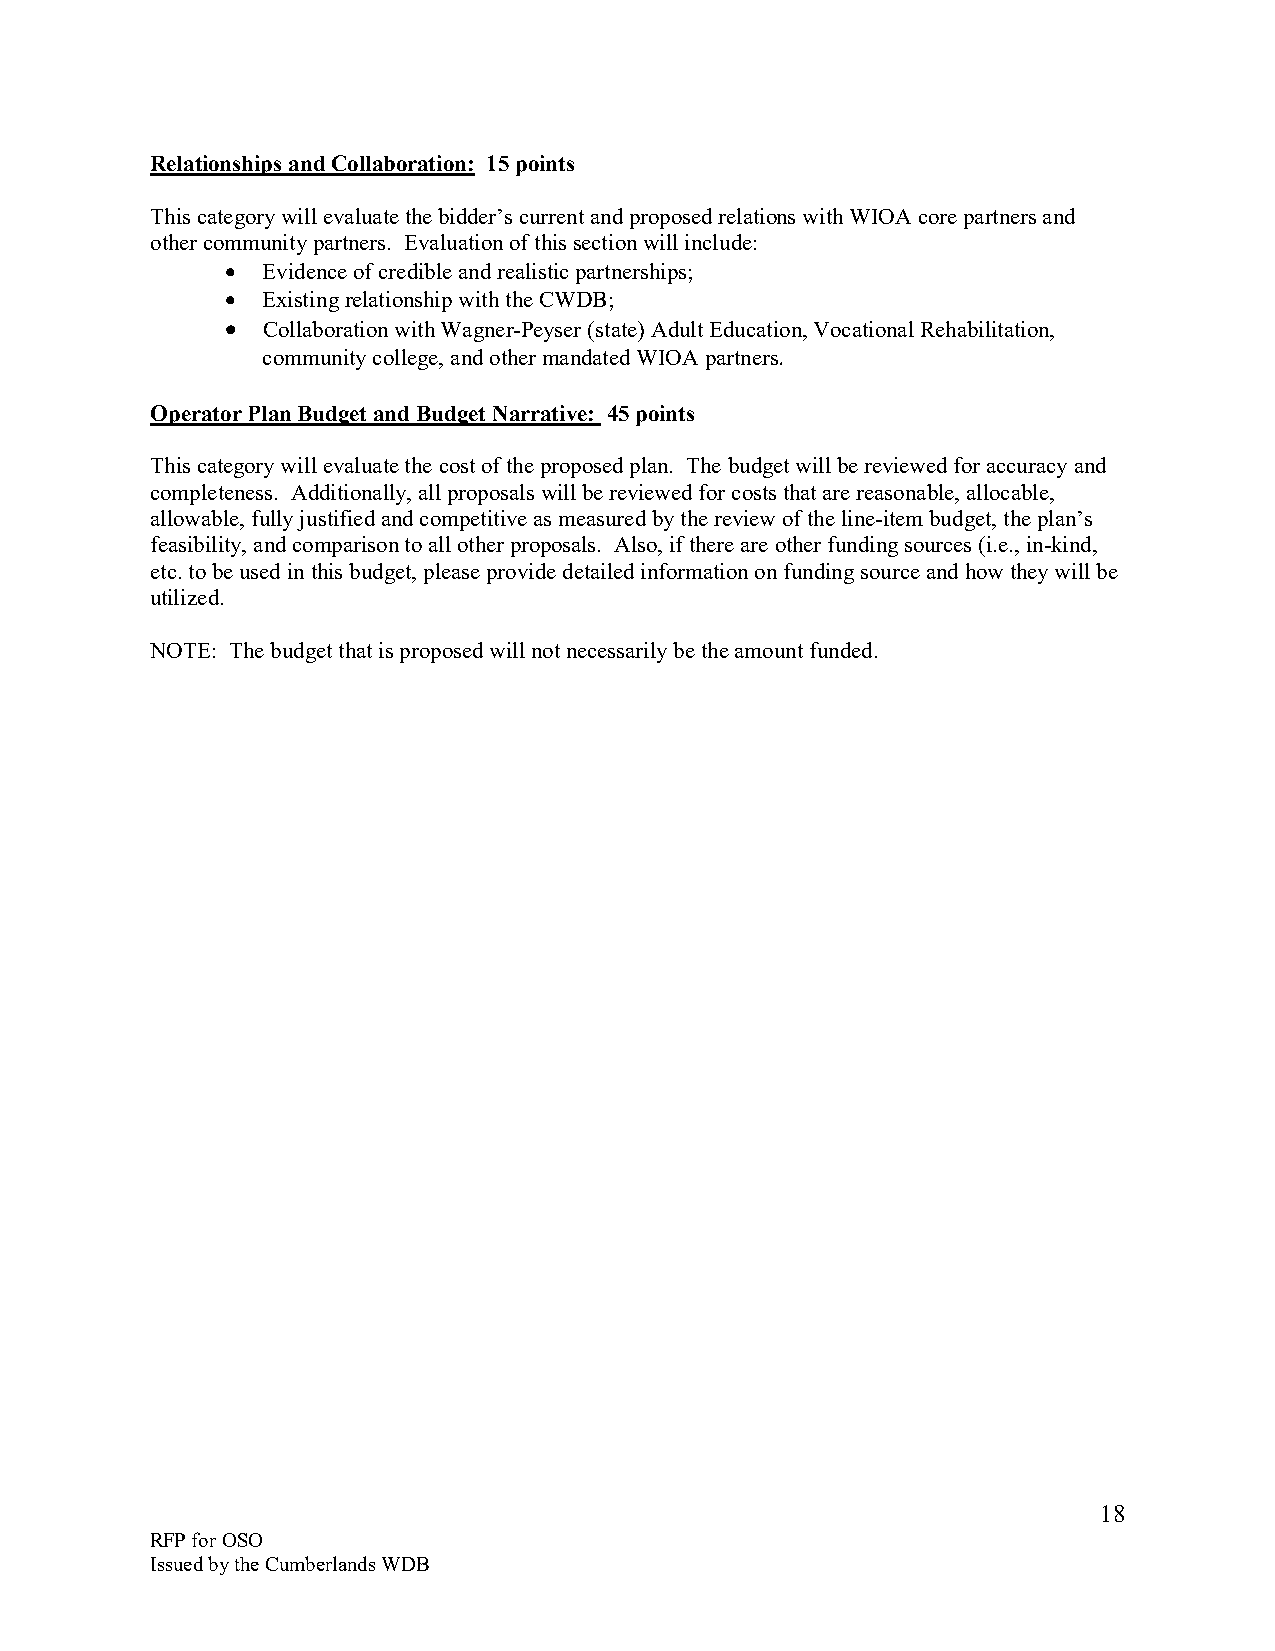
Relationships and Collaboration: 15 points
 This category will evaluate the bidder’s current and proposed relations with WIOA core partners and
 other community partners. Evaluation of this section will include:
 • Evidence of credible and realistic partnerships;
 • Existing relationship with the CWDB;
 • Collaboration with Wagner-Peyser (state) Adult Education, Vocational Rehabilitation,
 community college, and other mandated WIOA partners.
 Operator Plan Budget and Budget Narrative: 45 points
 This category will evaluate the cost of the proposed plan. The budget will be reviewed for accuracy and
 completeness. Additionally, all proposals will be reviewed for costs that are reasonable, allocable,
 allowable, fully justified and competitive as measured by the review of the line-item budget, the plan’s
 feasibility, and comparison to all other proposals. Also, if there are other funding sources (i.e., in-kind,
 etc. to be used in this budget, please provide detailed information on funding source and how they will be
 utilized.
 NOTE: The budget that is proposed will not necessarily be the amount funded.
 18
 RFP for OSO
 Issued by the Cumberlands WDB